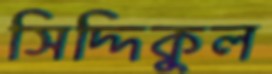
সিদ্দিকুল